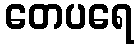
တေပရေ